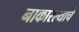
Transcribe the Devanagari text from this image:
नाकारल्याचे